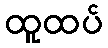
ထူထပ်